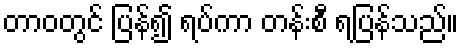
တာဝတွင် ပြန်၍ ရပ်ကာ တန်းစီ ရပြန်သည်။